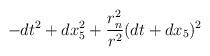
LaTeX: \begin{align*}- dt^2 +dx_5^2+{r_n^2 \over r^2} ( dt + dx_5)^2\end{align*}